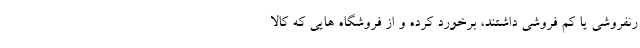
رنفروشی یا کم فروشی داشتند، برخورد کرده و از فروشگاه هایی که کالا